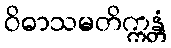
ဝိဓာသမတိက္ကန္တံ